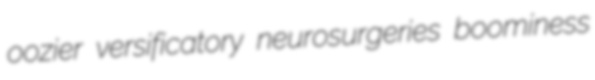
oozier versificatory neurosurgeries boominess